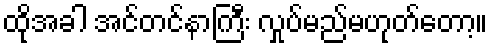
ထိုအခါ အင်တင်နာကြီး လှုပ်မည်မဟုတ်တော့။